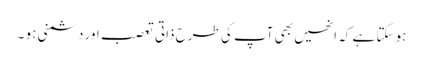
ہو سکتا ہے کہ انھیں بھی آپ کی طرح ذاتی تعصب اور دشمنی ہو ۔